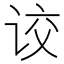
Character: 𰵦